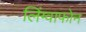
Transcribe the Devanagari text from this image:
लिंग्वाफोन